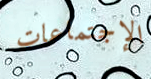
الإجتماعات